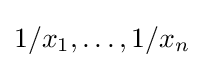
1/x_{1},\dots ,1/x_{n}